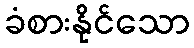
ခံစားနိုင်သော